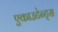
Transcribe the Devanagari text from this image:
एकाउटेन्ट्स